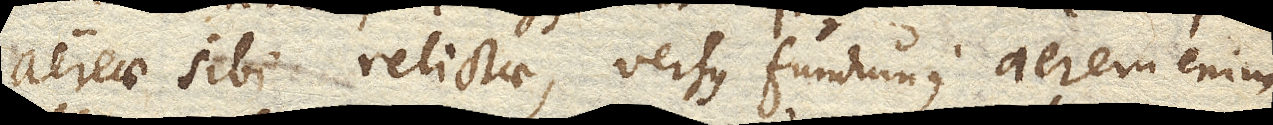
aereae sibi relictae, versus fundum; aerem enim